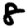
Digit: 8